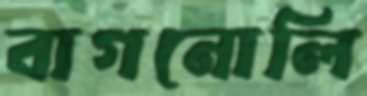
বাগনোলি